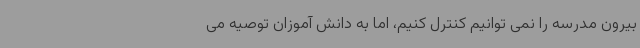
بیرون مدرسه را نمی توانیم کنترل کنیم، اما به دانش آموزان توصیه می